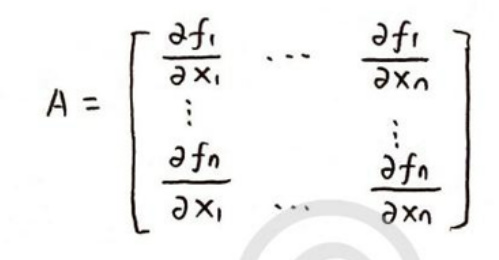
\[
A = \begin{bmatrix}
\frac{\partial f_1}{\partial x_1} & \cdots & \frac{\partial f_1}{\partial x_n} \\
\vdots & & \vdots \\
\frac{\partial f_n}{\partial x_1} & \cdots & \frac{\partial f_n}{\partial x_n}
\end{bmatrix}
\]